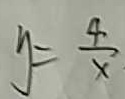
y = \frac { 4 } { x }